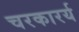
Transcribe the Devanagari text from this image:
चरकारर्य